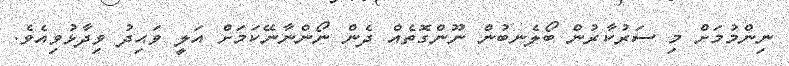
ނިންމުމަށް މި ސަރުކާރުން ބޯލެނބުން ނޫންގޮތެއް ދެން ނޯންނާނޭކަމަށް އަލީ ވަޙިދު ވިދާޅުވިއެވެ.